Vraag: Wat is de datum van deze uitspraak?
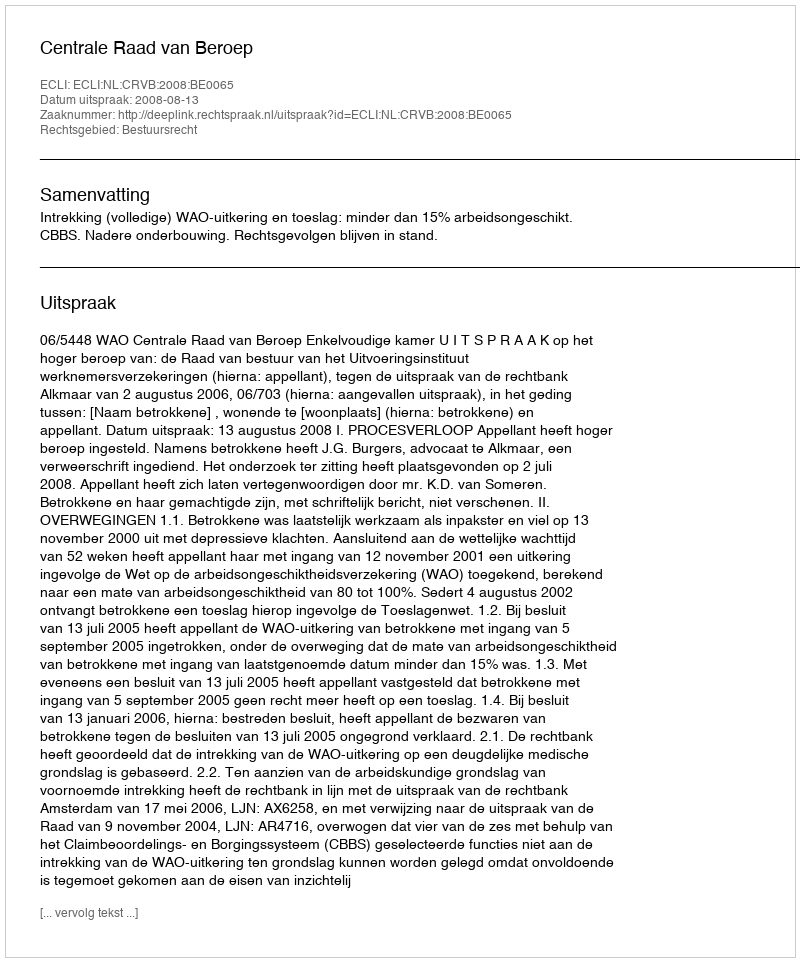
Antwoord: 2008-08-13